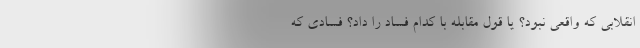
انقلابی که واقعی نبود؟ یا قول مقابله با کدام فساد را داد؟ فسادی که